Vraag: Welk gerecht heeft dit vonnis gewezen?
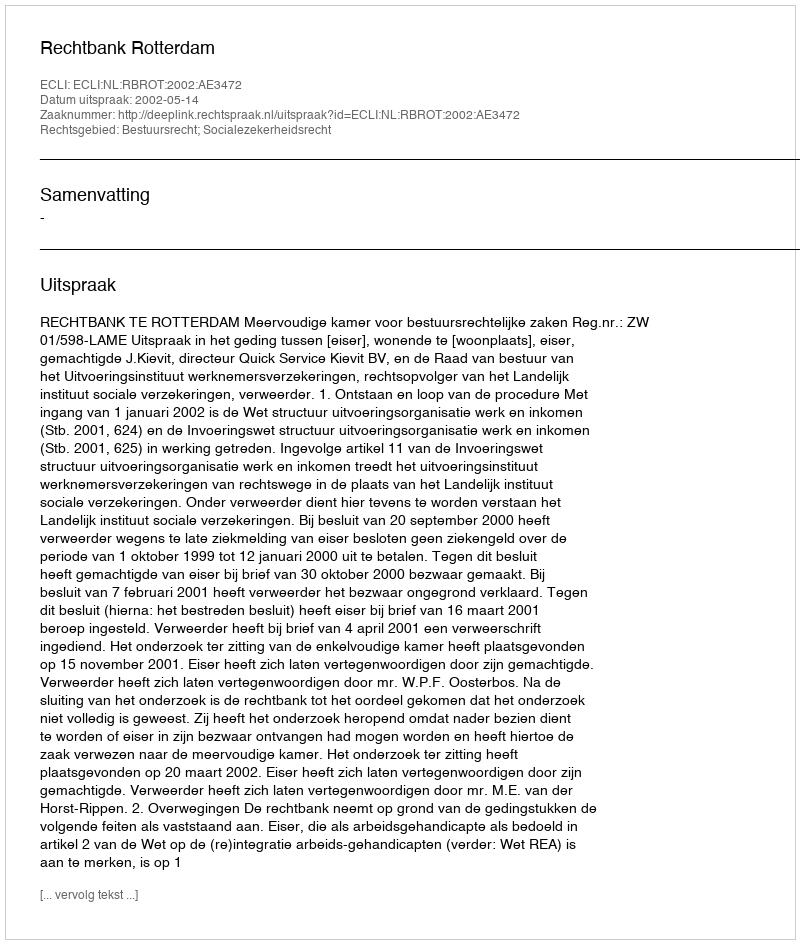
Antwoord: Rechtbank Rotterdam